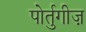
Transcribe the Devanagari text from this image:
पोर्तुगीज़